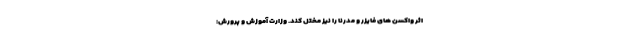
اثر واکسن های فایزر و مدرنا را نیز مختل کند. وزارت آموزش و پرورش: